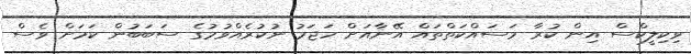
ވިކިލީކްސް އިން ކުރާ މަސައްކަތްތައް އޭނާއަށް ހަޖަމު ނުކުރެއްވުމުގެ ސަބަބުން ކަމަށް ވެސް